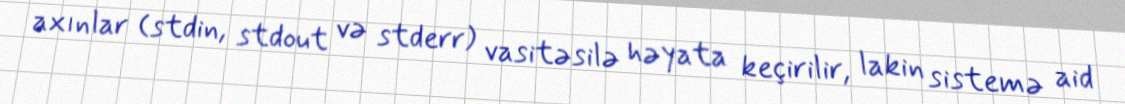
axınlar (stdin, stdout və stderr) vasitəsilə həyata keçirilir, lakin sistemə aid